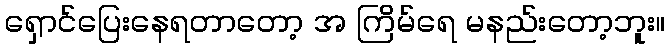
ရှောင်ပြေးနေရတာတော့ အ ကြိမ်ရေ မနည်းတော့ဘူး။